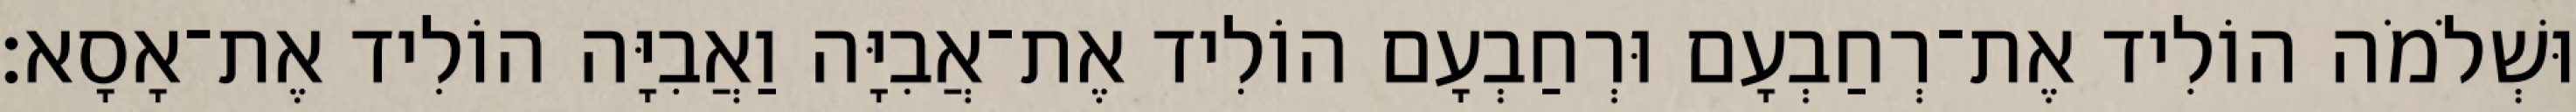
וּשְׁלֹמֹה הוֹלִיד אֶת־רְחַבְעָם וּרְחַבְעָם הוֹלִיד אֶת־אֲבִיָּה וַאֲבִיָּה הוֹלִיד אֶת־אָסָא׃